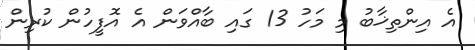
އެ އިންތިޚާބު މި މަހު 13 ގައި ބާއްވަން އެ އޮފީހުން ކުރިން